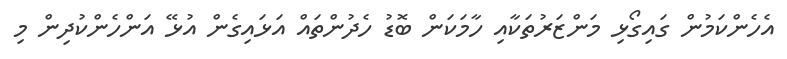
އެހެންކަމުން ގައިގޯޅި މަންޒަރުތަކާއި ހާމަކަން ބޮޑު ހެދުންތައް އަޅައިގެން އުޅޭ އަންހެންކުދިން މި